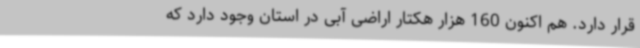
قرار دارد. هم اکنون 160 هزار هکتار اراضی آبی در استان وجود دارد که